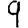
Digit: 9